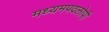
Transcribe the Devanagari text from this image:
मध्यमपदलोपी